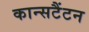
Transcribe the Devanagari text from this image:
कान्सटैंटन